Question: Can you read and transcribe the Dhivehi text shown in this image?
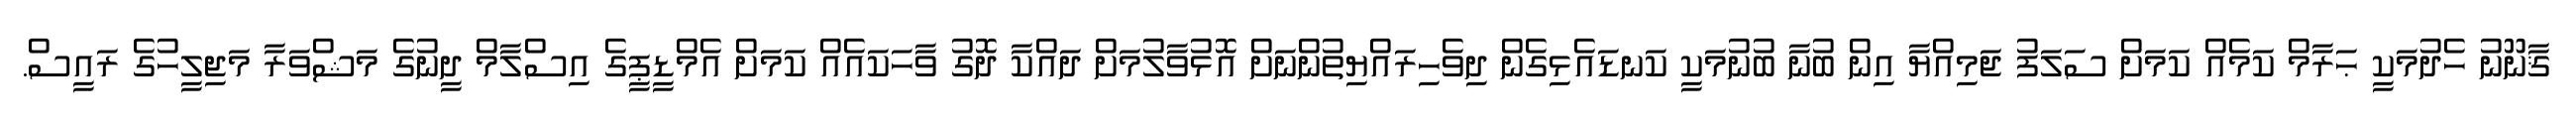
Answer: ޤާނޫނު ހެދުމަކީ ޙަރާމް ކަމެއް ކަމަށް ސަލަފު ޖަމިއްޔާ އިން ބުނާ ބުނުމަކީ ކަނޑައެޅިގެން ދިވެހިރައްޔިތުންނަށް އޮޅުވާލުމަށް ދައްކާ ދޮގު ވާހަކައެއް ކަމަށް އެމްޑީޕީގެ އިސްލާމް ދީނުގެ މަޝްވަރާ މަޖިލީހުގެ ރައީސް.